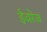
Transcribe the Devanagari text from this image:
ईवरेज